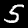
Label: 5